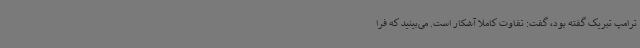
ترامپ تبریک گفته بود، گفت: تفاوت کاملا آشکار است. می‌بینید که فرا